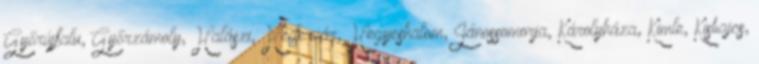
Győrújfalu, Győrzámoly, Halászi, Hédervár, Hegyeshalom, Jánossomorja, Károlyháza, Kimle, Kisbajcs,